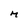
Character: M